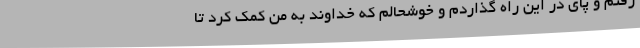
رفتم و پای در این راه گذاردم و خوشحالم که خداوند به من کمک کرد تا